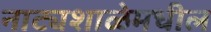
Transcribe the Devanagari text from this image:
नाट्यशाळेमधील